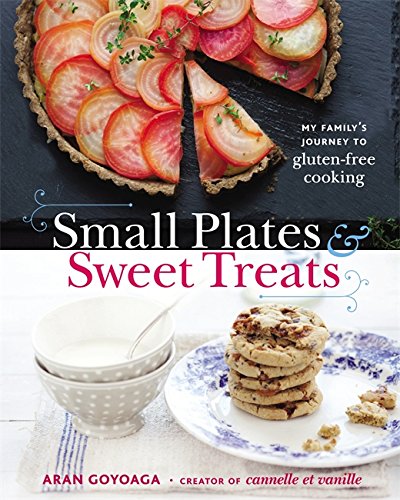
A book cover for Small Plates and Sweet Treats: My Family's Journey to Gluten-Free Cooking, from the Creator of Cannelle et Vanille; Aran Goyoaga; Health, Fitness & Dieting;